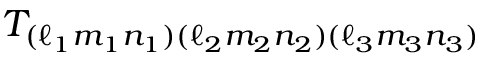
T _ { ( \ell _ { 1 } m _ { 1 } n _ { 1 } ) ( \ell _ { 2 } m _ { 2 } n _ { 2 } ) ( \ell _ { 3 } m _ { 3 } n _ { 3 } ) }